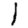
Digit: 1